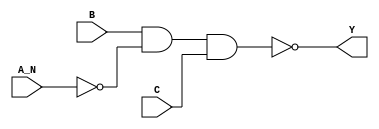
module sky130_fd_sc_lp__nand3b (
    Y  ,
    A_N,
    B  ,
    C
);
    output Y  ;
    input  A_N;
    input  B  ;
    input  C  ;
    wire not0_out   ;
    wire nand0_out_Y;
    not  not0  (not0_out   , A_N            );
    nand nand0 (nand0_out_Y, B, not0_out, C );
    buf  buf0  (Y          , nand0_out_Y    );
endmodule